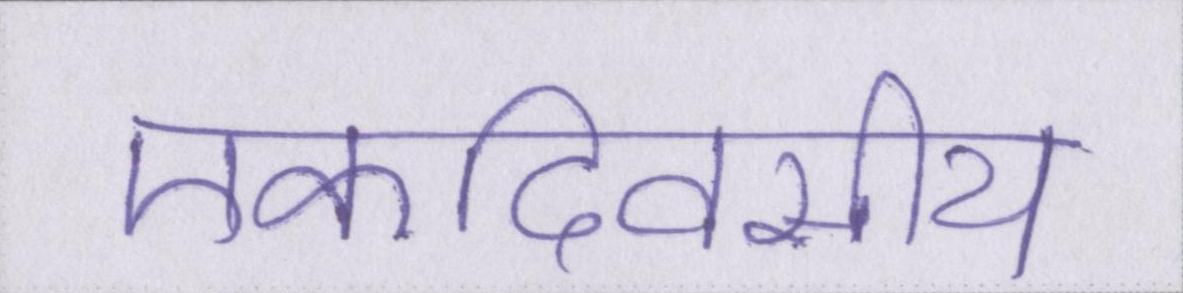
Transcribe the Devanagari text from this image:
एकदिवसीय